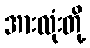
အားလုံးတို့